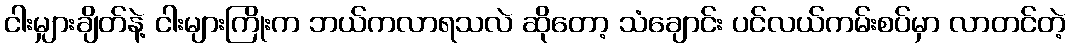
ငါးမျှားချိတ်နဲ့ ငါးများကြိုးက ဘယ်ကလာရသလဲ ဆိုတော့ သံချောင်း ပင်လယ်ကမ်းစပ်မှာ လာတင်တဲ့